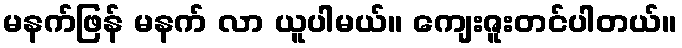
မနက်ဖြန် မနက် လာ ယူပါမယ်။ ကျေးဇူးတင်ပါတယ်။